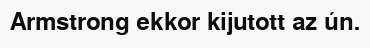
Armstrong ekkor kijutott az ún.